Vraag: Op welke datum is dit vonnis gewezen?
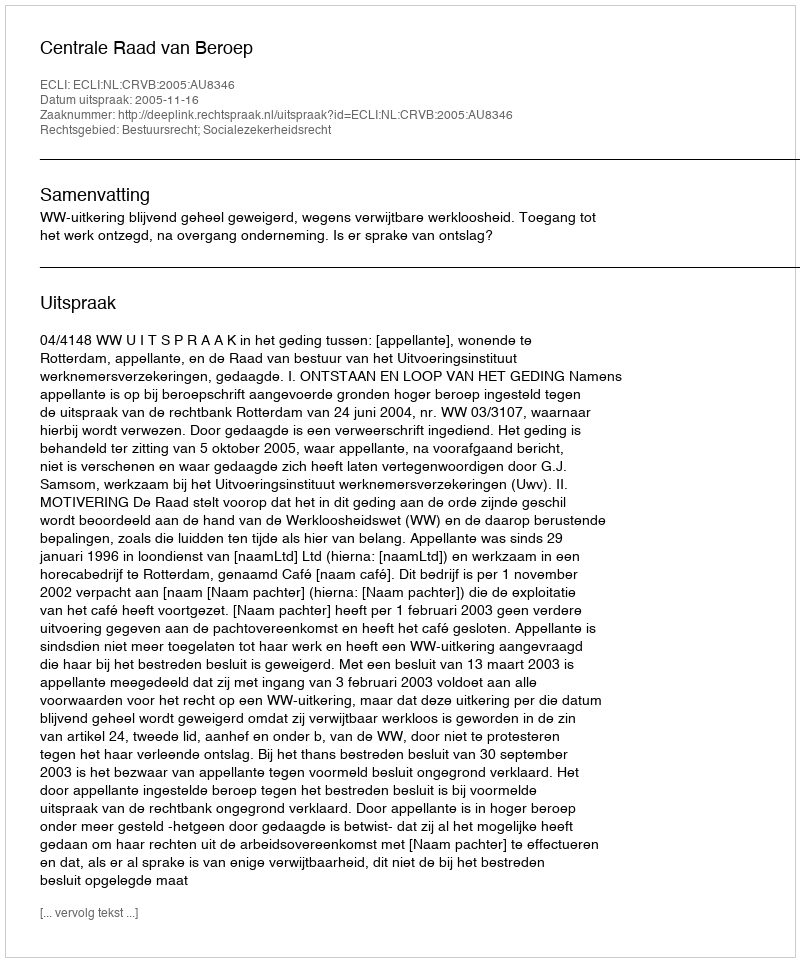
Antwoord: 2005-11-16